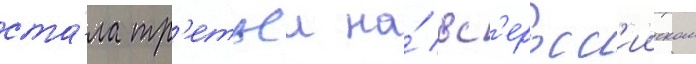
ста́ла тр'етьеи на́ вс'еросс'ииском